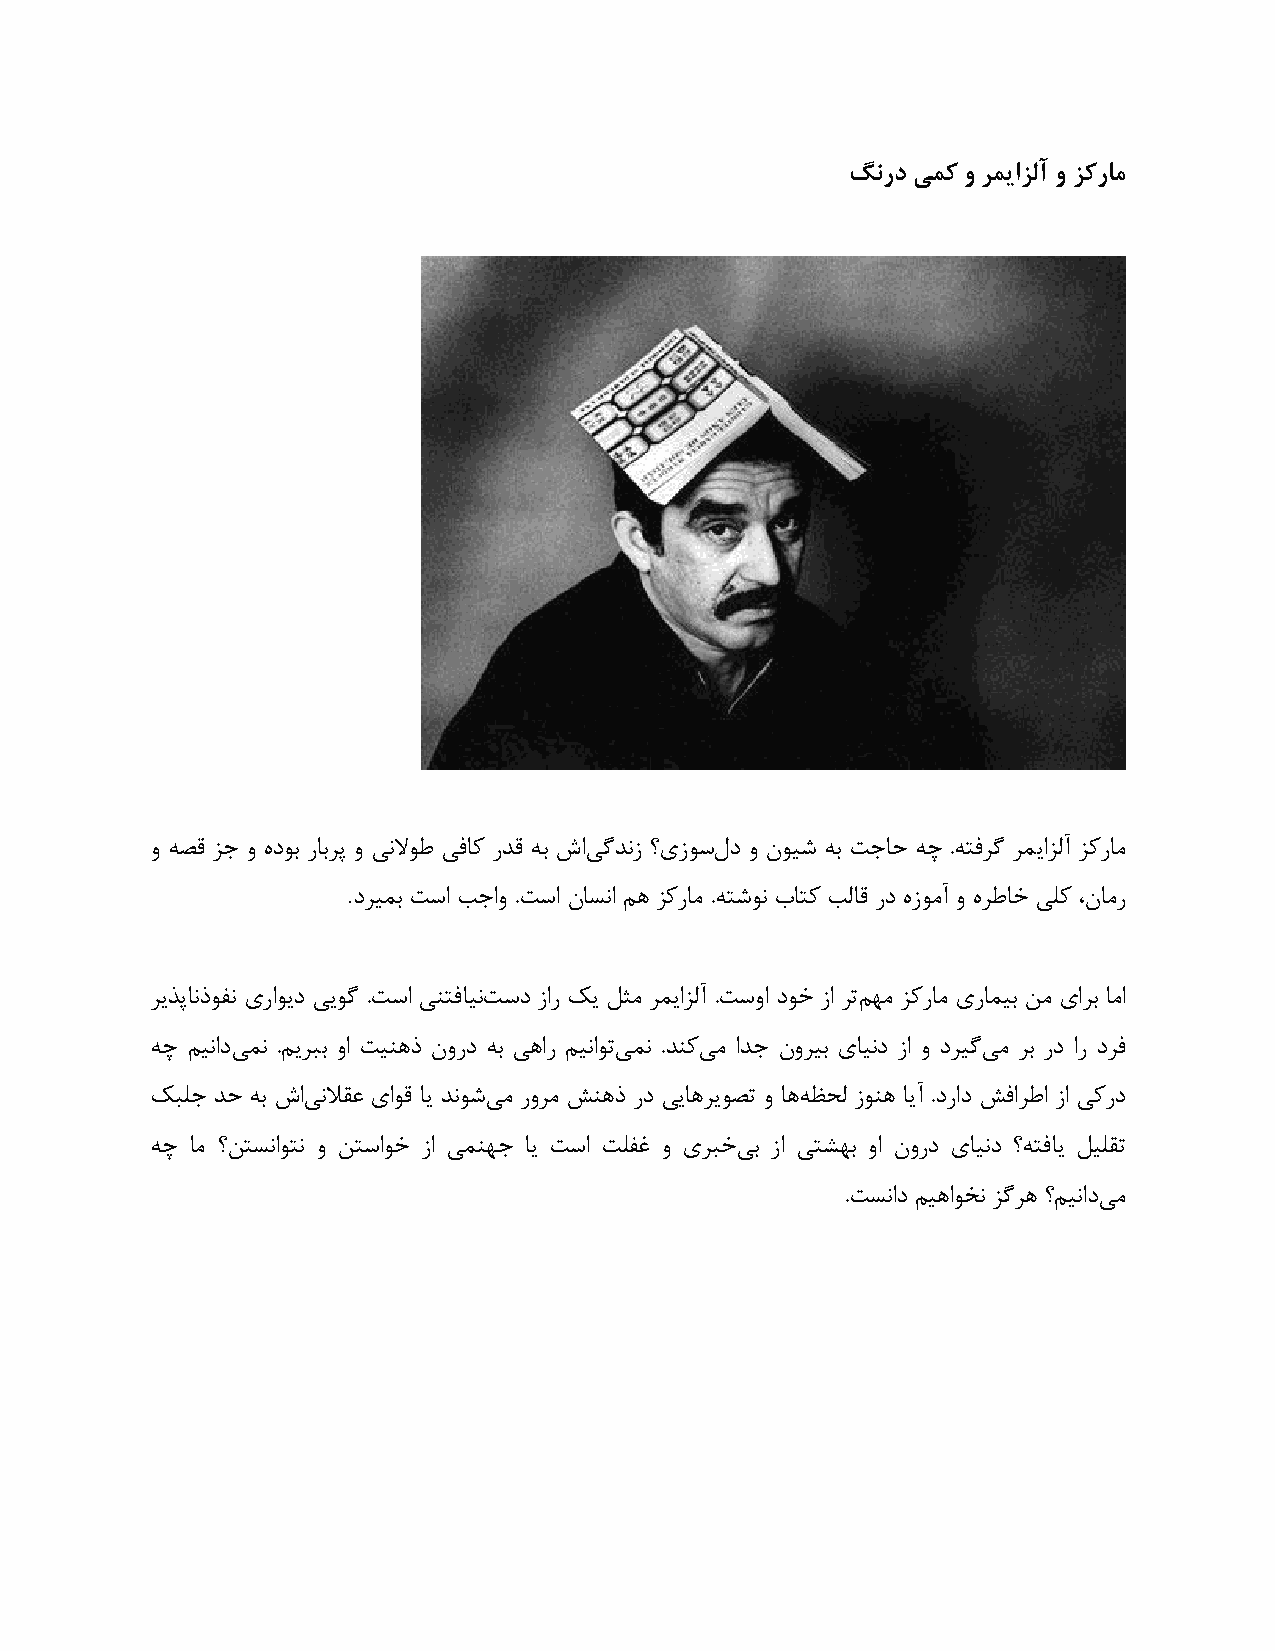
گًسد ٖوک ٍ شوٗاضلآ ٍ ضکساه
 ٝ ٠ٔه نر ٝ ٟؿٞث كبثلپ ٝ یٛلاٞٛ یكبً كـه ٠ث ٍای ُـٛم ؟یمًّٞ ؿ ٝ ٙٞیُ ٠ث تربع ٠ص .٠تكلُ ل٘یانٓآ نًكبٗ
 .
 ؿلی٘ث تًا تراٝ .تًا ٙبٌٛا ٖ١ نًكبٗ .٠تُٞٛ ةبتً تٓبه كؿ ٟمٞٗآ ٝ ٟلٛبؽ یًٔ ،ٙبٗك
 لیقپبٛفٞلٛ یكاٞیؿ ییُٞ .تًا یٜتكبیٛت ًؿ ماك يی ْخٗ ل٘یانٓآ .تًٝا ؿٞؽ ما لتٖ ٢ٗ نًكبٗ یكب٘یث ٚٗ یالث بٗا
 ٠ص ٖیٛاؿی ٘ٛ .ٖیلجث ٝا تیٜ١ف ٙٝكؿ ٠ث ی١اك ٖیٛاٞتی ٘ٛ .ـًٜی ٗ اـر ٙٝلیث یبیٛؿ ما ٝ ؿلیُی ٗ لث كؿ اك ؿلك
 يجٔر ـع ٠ث ٍای ٛلاوػ یاٞه بی ـُٛٞی ٗ كٝلٗ َٜ١ف كؿ ییب١لیٞٔت ٝ ب١٠ ظغٓ مٜٞ١ بیآ .ؿكاؿ َكالٛا ما یًكؿ
 ٠ص بٗ ؟ٚتٌٛاٞتٛ ٝ ٚتًاٞؽ ما یٜ٘٢ر بی تًا تٔلؿ ٝ یلجؽی ث ما یتِ٢ث ٝا ٙٝكؿ یبیٛؿ ؟٠تكبی ْیٔوت
 .تٌٛاؿ ٖی١اٞؾٛ نُل١ ؟ٖیٛاؿی ٗ